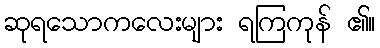
ဆုရသောကလေးများ ရကြကုန် ၏။